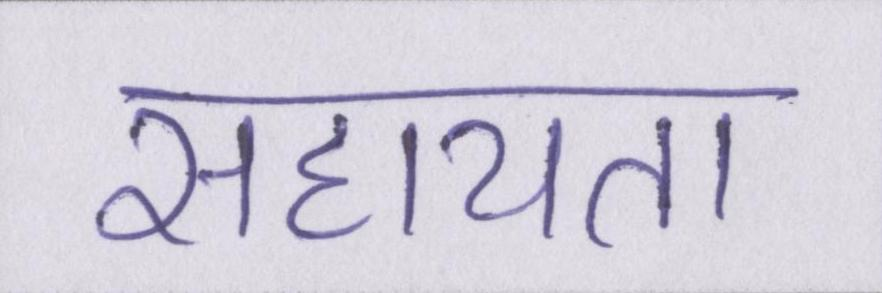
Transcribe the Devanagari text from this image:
सहायता